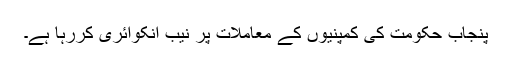
پنجاب حکومت کی کمپنیوں کے معاملات پر نیب انکوائری کررہا ہے۔